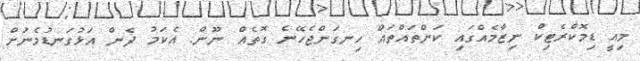
މިއީ ޑިމޮކްރެޓިކް ނިޒާމެއްގައި ކަންތައްތައް ހިނގަންޖެހޭނެ ގޮތެއް ނޫން. އެކަމު ދެން އަޅުގަނޑުމެނަުށް